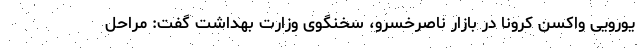
یورویی واکسن کرونا در بازار ناصرخسرو، سخنگوی وزارت بهداشت گفت: مراحل